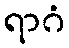
ရာဂံ